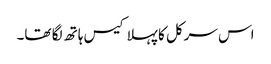
اس سرکل کا پہلا کیس ہاتھ لگا تھا۔